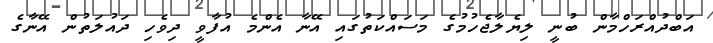
އަބްދުއްރަހްމާން ބުނީ ލިޔެލާޖެހުމުގެ މަސައްކަތުގައި އޭނާ އެންމެ އުފާވީ ދިވެހި ދައުލަތުން އޭނާގެ